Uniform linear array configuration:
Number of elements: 8
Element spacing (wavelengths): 0.25
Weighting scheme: binomial
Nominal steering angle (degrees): -30
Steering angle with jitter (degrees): -28.519
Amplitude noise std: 0.05
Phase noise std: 0.05

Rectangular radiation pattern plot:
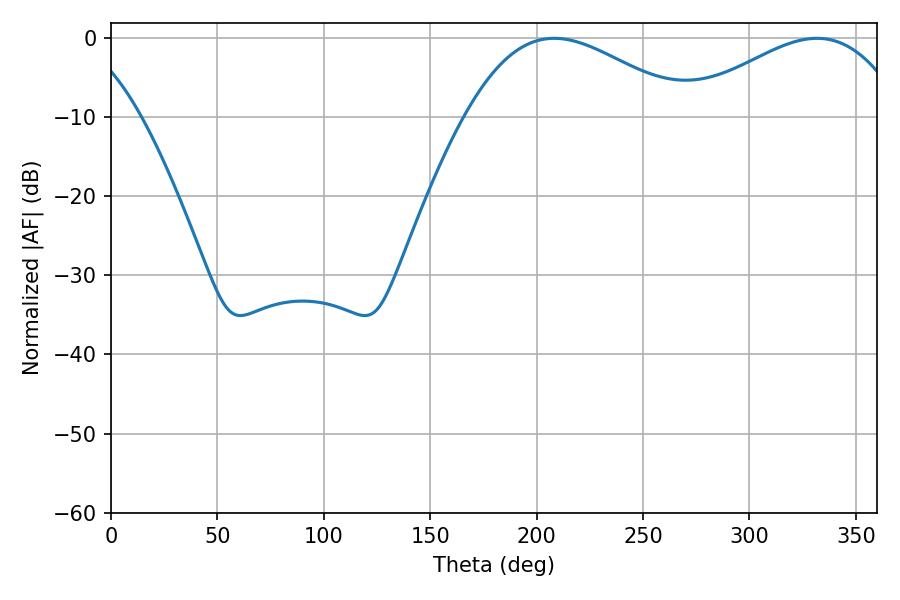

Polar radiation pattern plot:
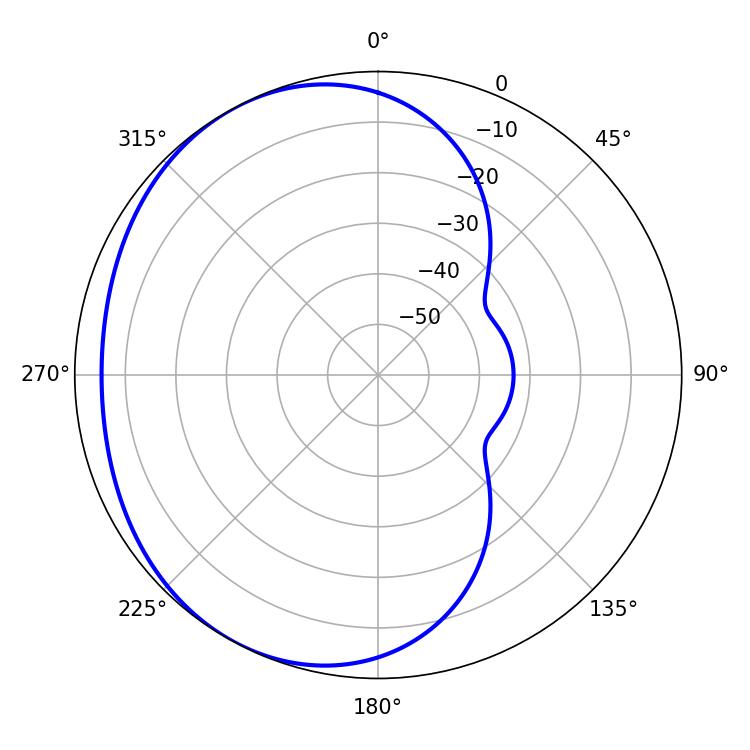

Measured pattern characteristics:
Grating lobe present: FALSE
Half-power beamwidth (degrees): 56.52
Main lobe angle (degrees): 208.26